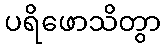
ပရိဖောသိတွာ